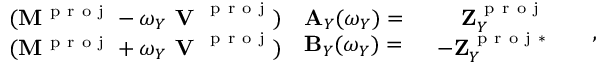
\begin{array} { r } { \begin{array} { c c } { ( \mathbf { M } ^ { \mathrm { ~ p ~ r ~ o ~ j ~ } } - \omega _ { Y } \textbf { V } ^ { \mathrm { ~ p ~ r ~ o ~ j ~ } } ) } \\ { ( \mathbf { M } ^ { \mathrm { ~ p ~ r ~ o ~ j ~ } } + \omega _ { Y } \textbf { V } ^ { \mathrm { ~ p ~ r ~ o ~ j ~ } } ) } \end{array} \begin{array} { l } { \mathbf { A } _ { Y } ( \omega _ { Y } ) = } \\ { \mathbf { B } _ { Y } ( \omega _ { Y } ) = } \end{array} \begin{array} { l } { \begin{array} { r l } { \mathbf { Z } _ { Y } ^ { \mathrm { ~ p ~ r ~ o ~ j ~ } } } & { { } } \\ { \mathbf { - Z } _ { Y } ^ { \mathrm { ~ p ~ r ~ o ~ j ~ } * } } & { { } } \end{array} } \end{array} , } \end{array}